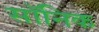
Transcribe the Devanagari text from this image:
सॉनिक